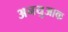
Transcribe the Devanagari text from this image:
अनयुआक